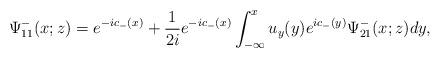
LaTeX: \begin{align*}\Psi^-_{11}(x;z)=e^{-ic_-(x)}+\frac{1}{2i} e^{-ic_-(x)} \int_{-\infty}^x u_y(y) e^{ic_-(y)}\Psi^-_{21}(x;z) dy,\end{align*}